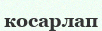
косарлап